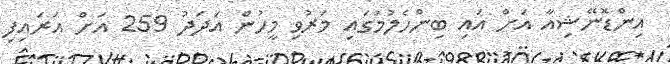
އިންޑޮނޭޝިއާ އަށް އައި ބިންހެލުމުގައި މަރުވި މީހުން އަދަދު 259 އަށް އަރައިފި